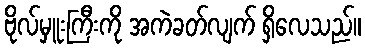
ဗိုလ်မှူးကြီးကို အကဲခတ်လျက် ရှိလေသည်။